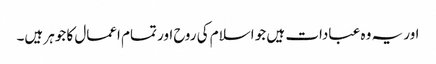
اور یہ وہ عبادات ہیں جو اسلام کی روح اور تمام اعمال کا جوہر ہیں۔